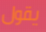
يقول